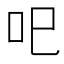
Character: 𱒄